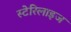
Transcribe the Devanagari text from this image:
स्टेरिलाइज